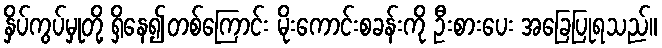
နှိပ်ကွပ်မှုတို့ ရှိနေ၍တစ်ကြောင်း မိုးကောင်းစခန်းကို ဦးစားပေး အခြေပြုရသည်။